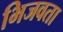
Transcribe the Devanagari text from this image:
भिजवता